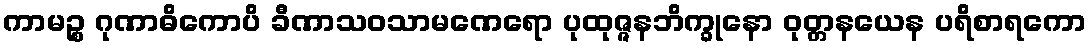
ကာမဉ္စ ဂုဏာဓိကောပိ ခီဏာသဝသာမဏေရော ပုထုဇ္ဇနဘိက္ခုနော ဝုတ္တနယေန ပရိစာရကော